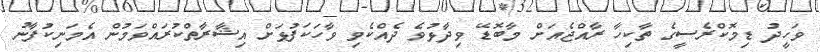
ވަހީދު ޑިމޮކްރެސީގެ ތާކިހާ ރާއްޖެއަށް މާބޮޑޭ ވިދާޅުވެ ދެއްކެވި ވާހަކަފުޅަށް އިޝާރާތްކުރައްވަމުން އެމަނިކުފާނު